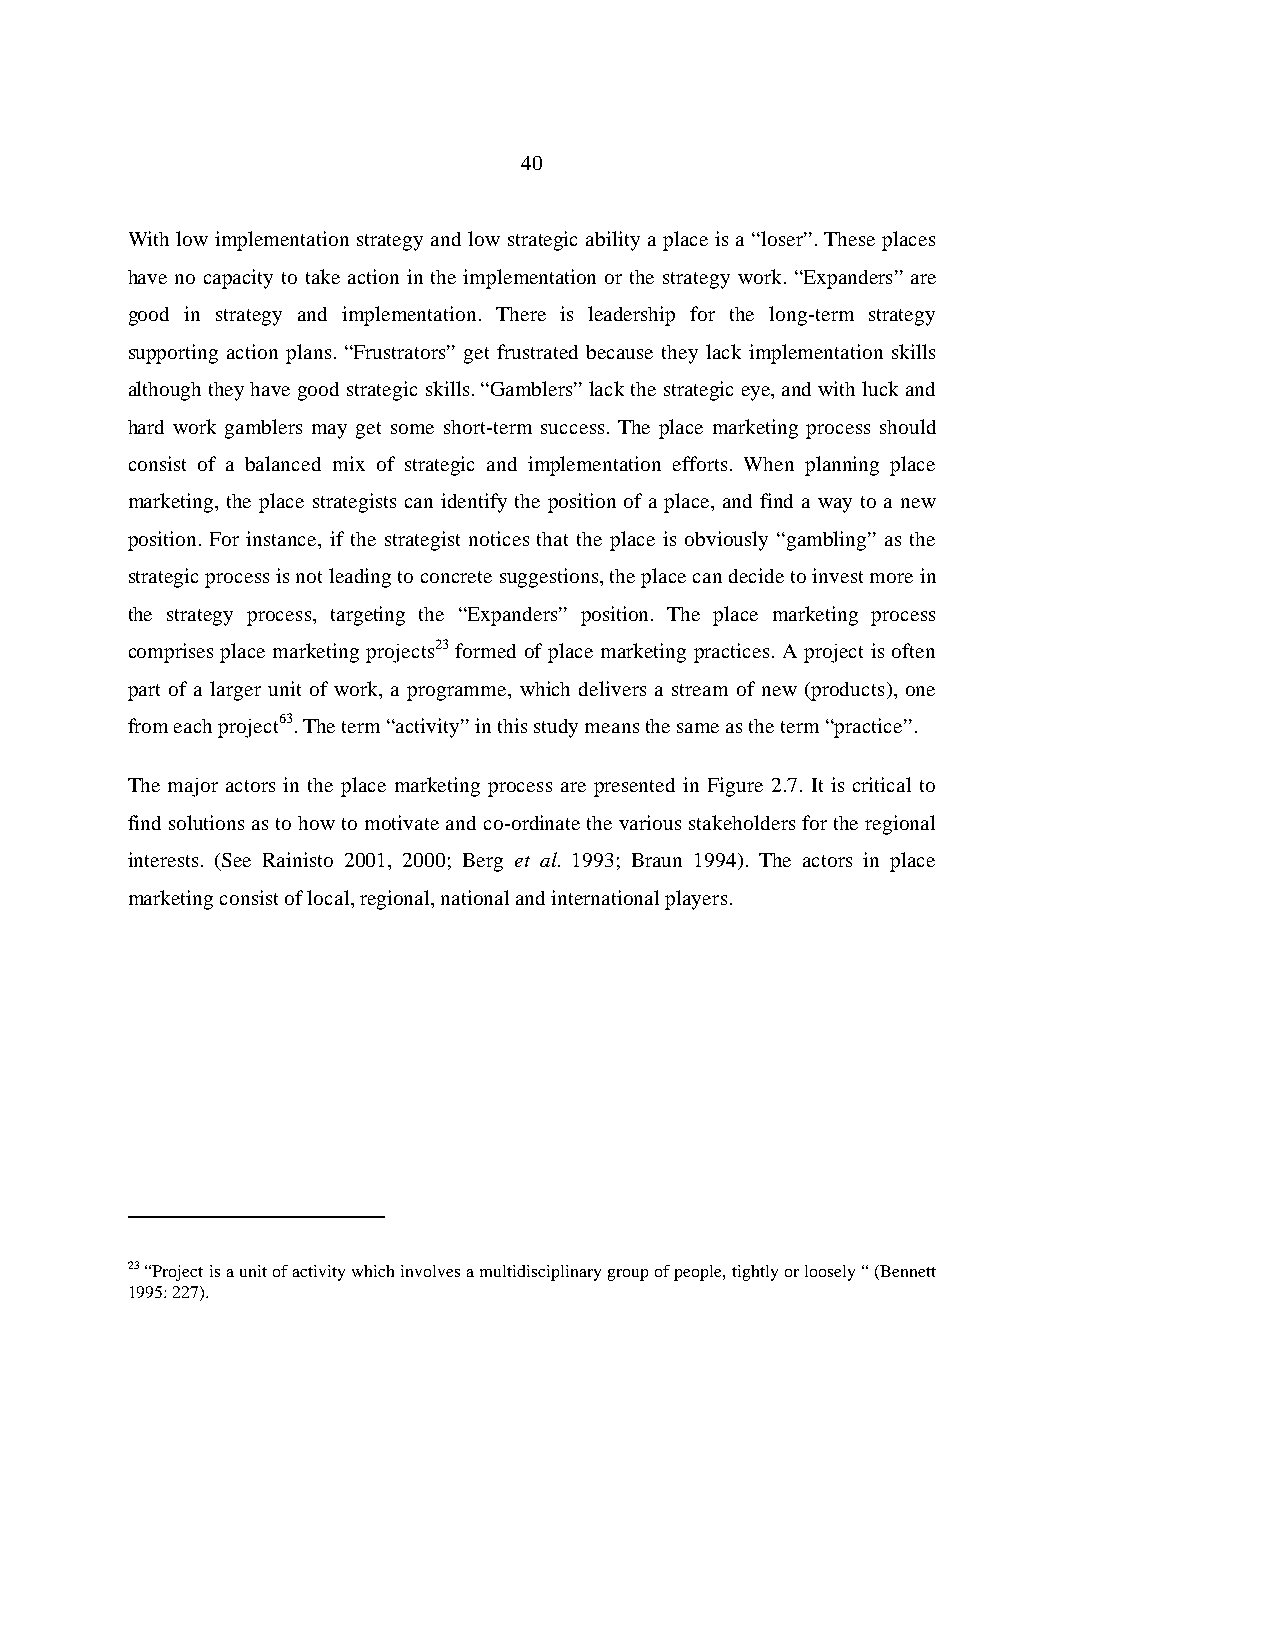
40
 With low implementation strategy and low strategic ability a place is a “loser”. These places
 have no capacity to take action in the implementation or the strategy work. “Expanders” are
 good in strategy and implementation. There is leadership for the long-term strategy
 supporting action plans. “Frustrators” get frustrated because they lack implementation skills
 although they have good strategic skills. “Gamblers” lack the strategic eye, and with luck and
 hard work gamblers may get some short-term success. The place marketing process should
 consist of a balanced mix of strategic and implementation efforts. When planning place
 marketing, the place strategists can identify the position of a place, and find a way to a new
 position. For instance, if the strategist notices that the place is obviously “gambling” as the
 strategic process is not leading to concrete suggestions, the place can decide to invest more in
 the strategy process, targeting the “Expanders” position. The place marketing process
 comprises place marketing projects23 formed of place marketing practices. A project is often
 part of a larger unit of work, a programme, which delivers a stream of new (products), one
 from each project63. The term “activity” in this study means the same as the term “practice”.
 The major actors in the place marketing process are presented in Figure 2.7. It is critical to
 find solutions as to how to motivate and co-ordinate the various stakeholders for the regional
 interests. (See Rainisto 2001, 2000; Berg et al. 1993; Braun 1994). The actors in place
 marketing consist of local, regional, national and international players.
 23 “Project is a unit of activity which involves a multidisciplinary group of people, tightly or loosely “ (Bennett
 1995: 227).